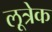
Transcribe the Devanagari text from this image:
लूत्रेक